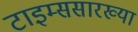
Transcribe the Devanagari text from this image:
टाइम्ससारख्या